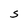
Character: S